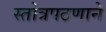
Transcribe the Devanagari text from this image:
स्तोत्रपठणाने